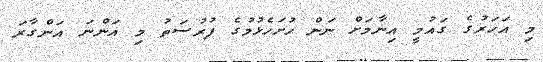
މި އަހަރުގެ ގައުމީ އިނާމަށް ނަން ހުށަހެޅުމުގެ ފުރުސަތު މި އަންނަ އަންގާރަ